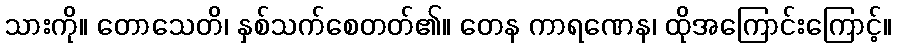
သားကို။ တောသေတိ၊ နှစ်သက်စေတတ်၏။ တေန ကာရဏေန၊ ထိုအကြောင်းကြောင့်။